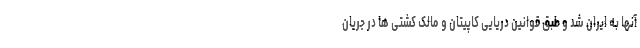
آنها به ایران شد و طبق قوانین دریایی کاپیتان و مالک کشتی ها در جریان